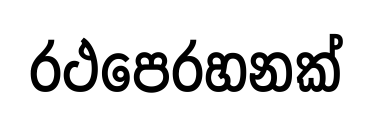
රථපෙරහනක්